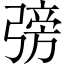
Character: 𢐊